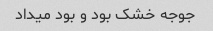
جوجه خشک بود و بود میداد